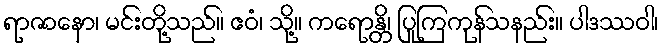
ရာဇာနော၊ မင်းတို့သည်။ ဧဝံ၊ သို့။ ကရောန္တိ၊ ပြုကြကုန်သနည်း။ ပါဒဿဝါ၊